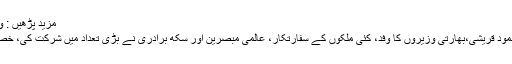
مزید پڑھیں : وزیراعظم عمران خان نے کرتارپورکوریڈور کا سنگ بنیاد رکھ دیا
تقریب میں آرمی چیف جنرل قمر جاوید باجوہ ، وزیرخارجہ شاہ محمود قریشی،بھارتی وزیروں کا وفد، کئی ملکوں کے سفارتکار، عالمی مبصرین اور سکھ برادری نے بڑی تعداد میں شرکت کی، خصوصی مہمان نوجوت سنگھ سدھو نے بھی تقریب میں موجود تھے۔